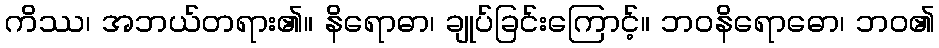
ကိဿ၊ အဘယ်တရား၏။ နိရောဓာ၊ ချုပ်ခြင်းကြောင့်။ ဘဝနိရောဓော၊ ဘဝ၏